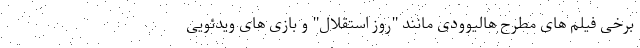
برخی فیلم های مطرح هالیوودی مانند "روز استقلال" و بازی های ویدئویی